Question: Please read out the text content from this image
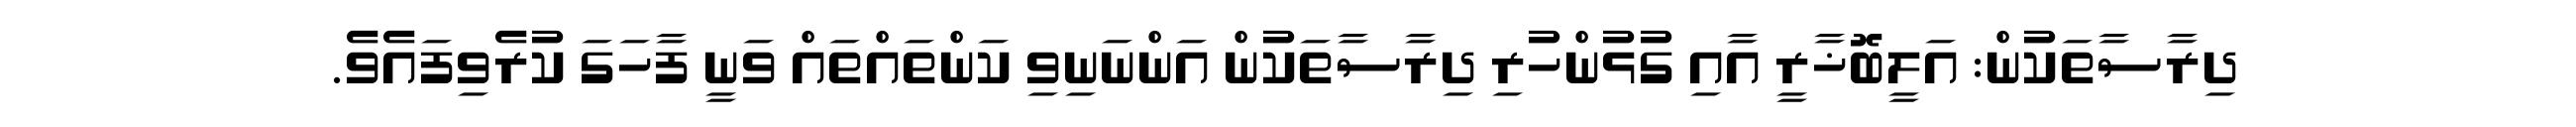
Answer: ދިރާސާތަކުން: އަލީބޮޚާރީ އާއި ގުޅުންހުރި ދިރާސާތަކުން އަންނަނިވި ކަންތައްތައް ވަނީ ފާހަގަ ކުރެވިފައެވެ.